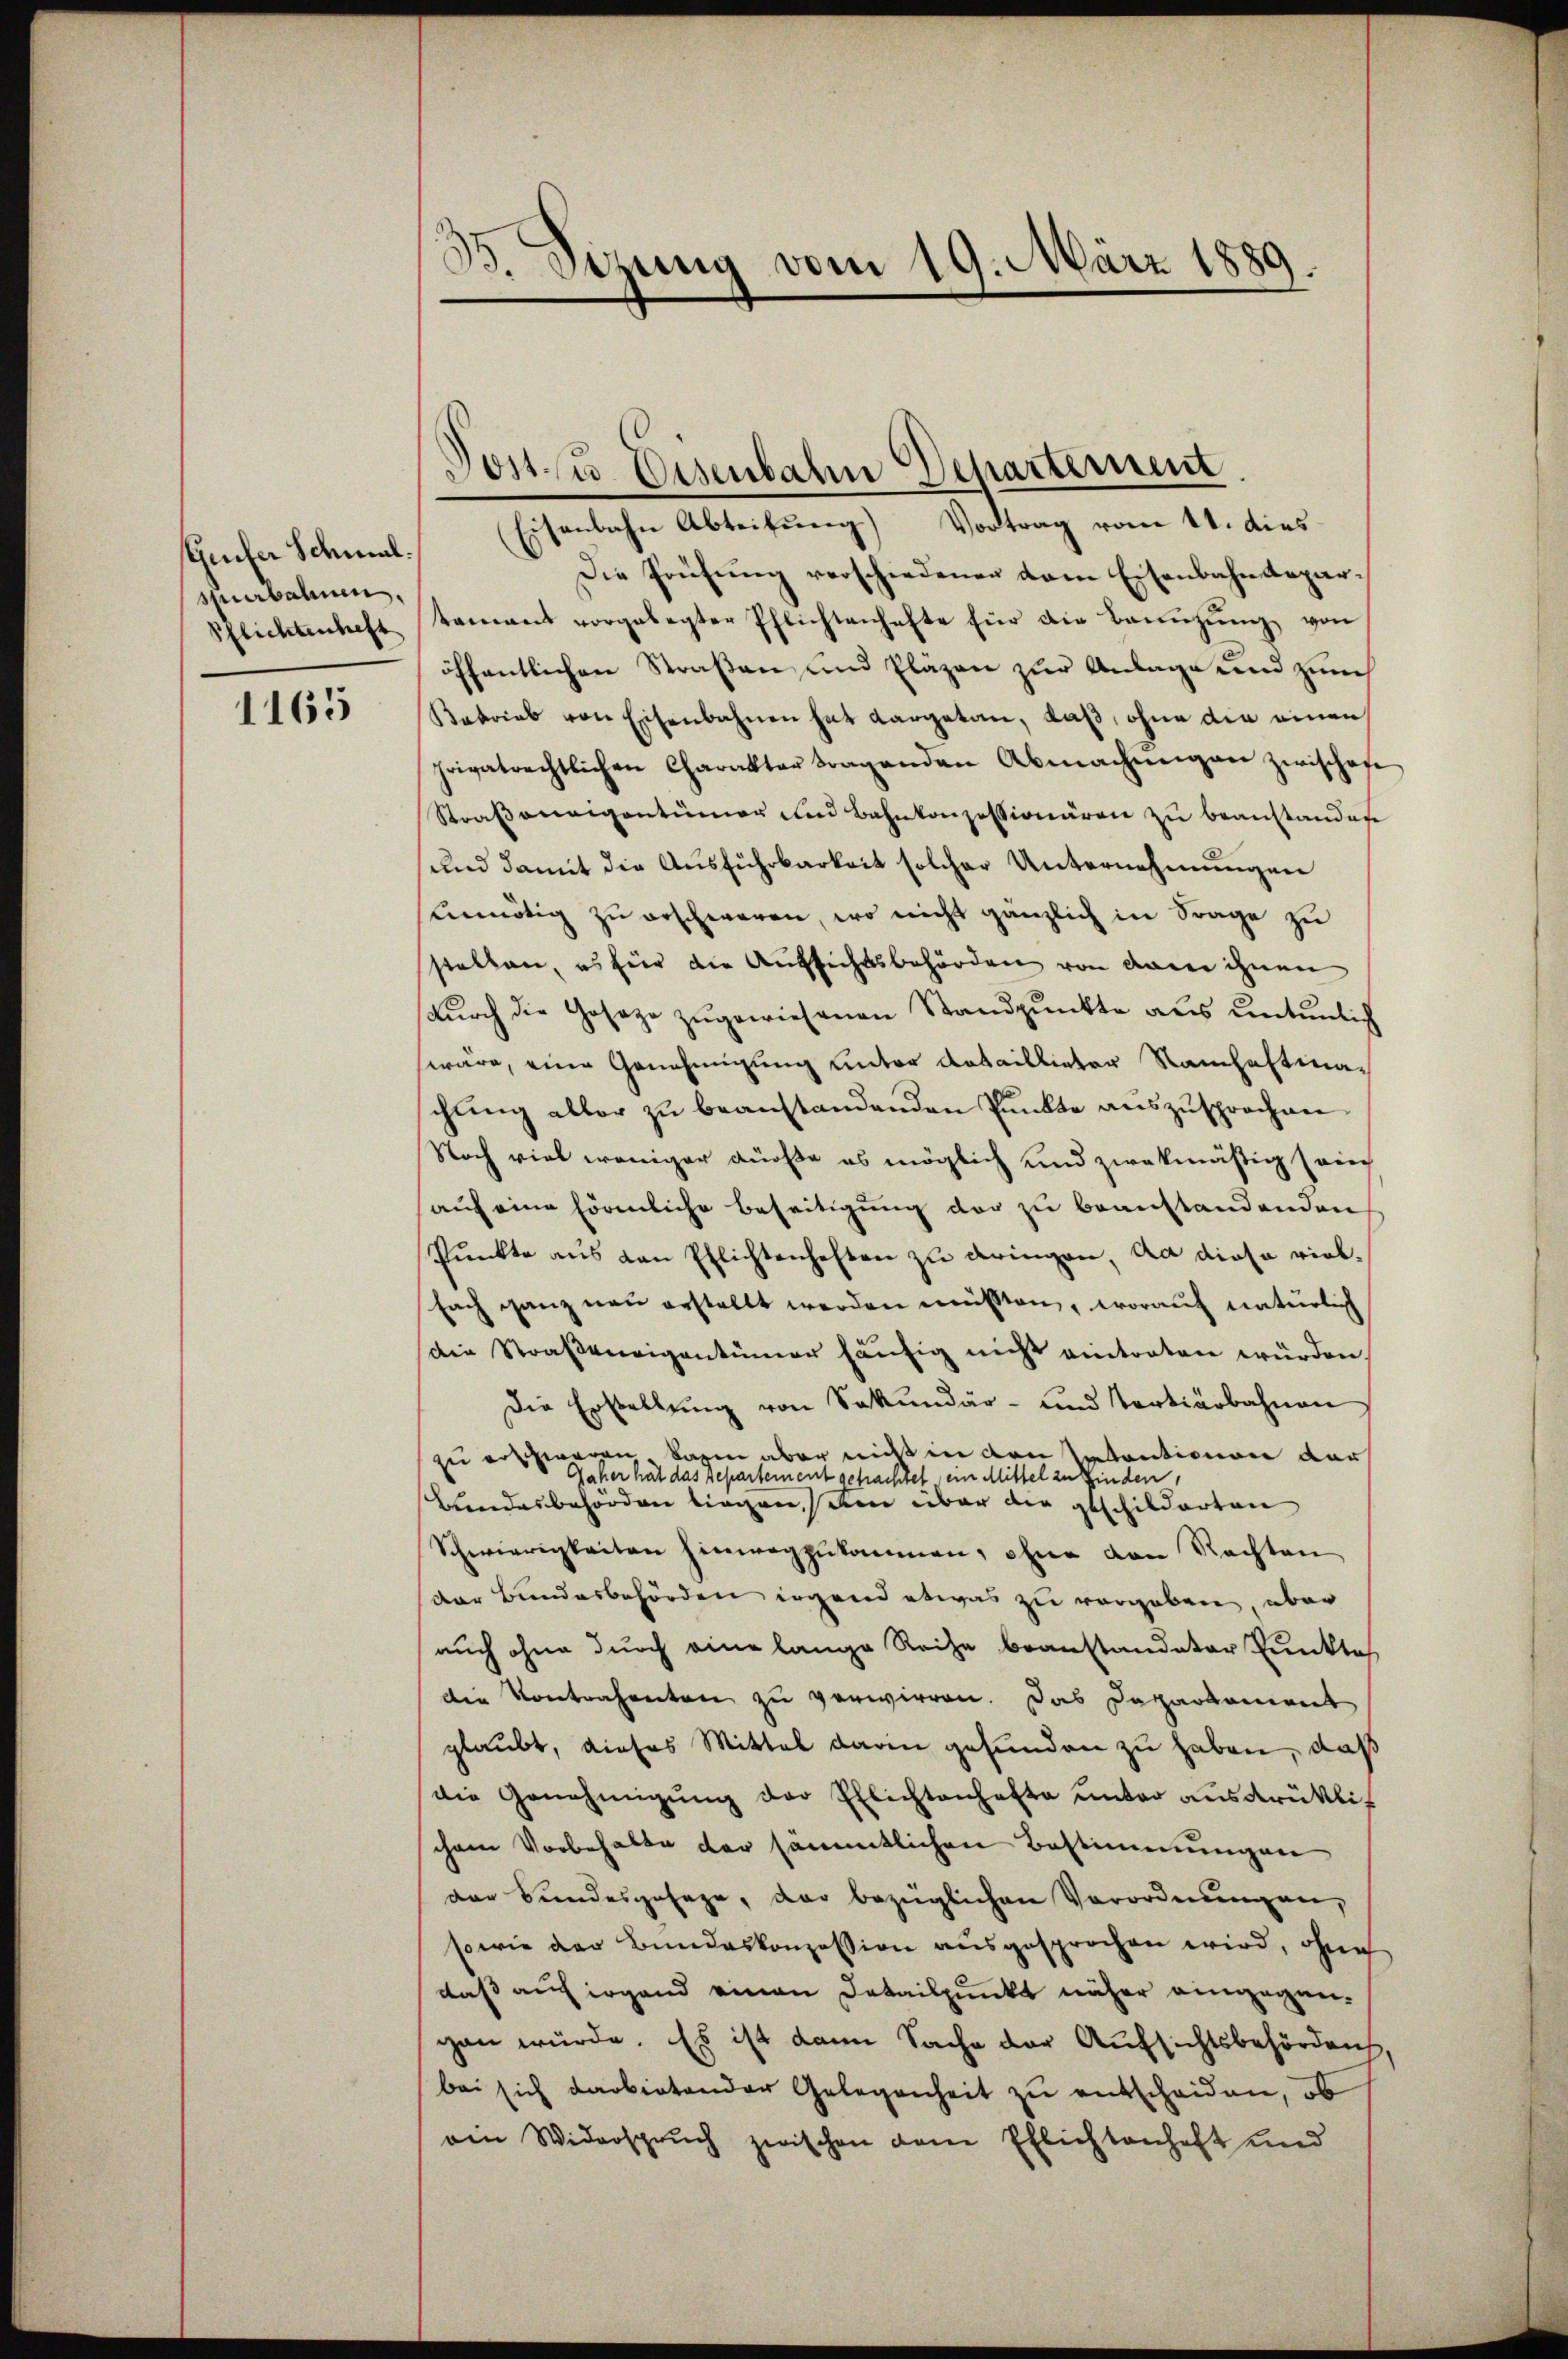
Greifer Schmal.
spuerbahnen.
Pflichtenheft

1165

33. Sizung vom 19. März 1889.

Eisenbahn Abteilung) Vortrag vom 11. dies
Die Prüfung verschiedenen vom Eisenbahndepartamant vorgelegter Pflichtenhafte für die Baŭŭzŭng von
öffentlichen Straßen und Pläzen zur Anlage und zum
Betrieb von Eisenbahnen hat Cargetan, daß, ohne die einen
privatrechtlichen Charakter tragenden Abmachŭngen zwischen
Straßeneigentümer und Bahnkonzessionären zu beanstanden
und damit die Ausführbarkeit solcher Unternehmungen
ennötig zu erschweren, wo nicht gänzlich in Frage zu
stellen, es für die Aufsichtsbehörden von dann ihnen
dŭrch die Gosaze zugewiesenen Standpunkte aus untenlich
wäre, eine Genehmigung unter Kataillieter Namhaftinachŭng abler zŭ beanstandenden Punkte auszusprochen
Noch viel weniger dürfte es möglich und zwekmäßig auch
(auf eine förmliche Beseitigung der zu beanstandenden
Pŭnkte ans den Pflichtenheften zu dringen, da diese vielfach ganz neu erstellt werden müßten, worauf natürlich
Die Straßeneigentümer häufig nicht eintreten würden.
Die Erstellŭng von Sekundär- und Tertiärbahnen
zu erschweren, dagen aber nicht in den Tatentionen dar
Daher hat das Departement gefrachtet ein Mittel zu finden,
Bundesbehörden liegen, den über die geschilderten
Schwierigkeiten hinwegzŭkommen, ohne von Rechten
der Bundesbehörden irgend etwas zu vergeben, über
auch ohne durch eine lange Reihe beanstandeter Punkte
die Kontrahenten zu verwirren. Das Daparkament
glaubt, dieses Mittel darin gefunden zu haben, daß
die Genehmigŭng der Ellichtenhafte unter ausdrüklich
chem Vorbehalte der sämmtlichen Bestimmungen
der Beendesgesage, der bezüglichen Verordnungen,
sowie der Bundeskonzession ausgesprochen wird, ohne
daß auf irgend einen Detailpunkt näher eingegen-
gen würde. Es ist dann Sache der Aufsichtsbehörden
bei sich darbietender Gelegenheit zu entscheiden, ob
ein Widerspruch zwischen dem Ehlichtanhaft und

Post- u. Eisenbahn Departement